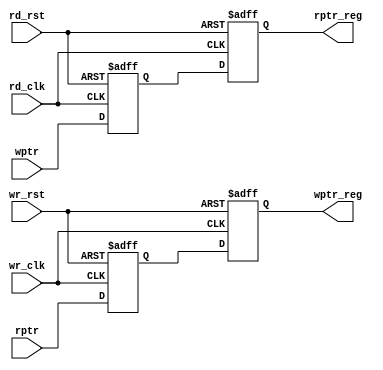
module synchronizer #(

     /* Total number of synchronization stages, to handle metastaibility. This value can be greater but minimum value is 2 */
    parameter SYNC_STAGES   = 2,
    parameter ADDRSIZE      = 4
)
(
    output  [ADDRSIZE:0]    wptr_reg,
    output  [ADDRSIZE:0]    rptr_reg,
    input                   wr_clk,
    input                   rd_clk,
    input                   wr_rst,
    input                   rd_rst,
    input   [ADDRSIZE:0]    wptr,
    input   [ADDRSIZE:0]    rptr

);
    
    reg [ADDRSIZE:0] wr_sync_register[0:SYNC_STAGES-1];
    reg [ADDRSIZE:0] rd_sync_register[0:SYNC_STAGES-1];


    assign wptr_reg = wr_sync_register[SYNC_STAGES-1];
    assign rptr_reg = rd_sync_register[SYNC_STAGES-1];

    always @(posedge wr_clk or posedge wr_rst) begin
        if (wr_rst) begin
            wr_sync_register[0] <= 0;
        end
        else begin
            wr_sync_register[0] <= rptr;
        end   
    end

    always @(posedge rd_clk or posedge rd_rst) begin
        if (rd_rst) begin
            rd_sync_register[0] <= 0;
        end
        else begin
            rd_sync_register[0] <= wptr;
        end
        
    end
    
    genvar i;

    generate
        for(i=0; i<(SYNC_STAGES-1); i = i+1)begin
            always@(posedge wr_clk or posedge wr_rst) begin
                if(wr_rst) begin
                    wr_sync_register[i+1] <= 0;
                end
                else begin
                    wr_sync_register[i+1] <= wr_sync_register[i];
                end
            end     
            always @(posedge rd_clk or posedge rd_rst) begin
                if (rd_rst) begin
                    rd_sync_register[i+1] <= 0;
                end
                else begin
                    rd_sync_register[i+1] <= rd_sync_register[i];
                end    
            end
        end
    endgenerate


endmodule